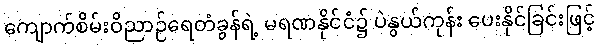
ကျောက်စိမ်းဝိညာဉ်ရေတံခွန်ရဲ့ မရဏနိုင်ငံ၌ ပဲနွယ်ကုန်း ပေးနိုင်ခြင်းဖြင့်